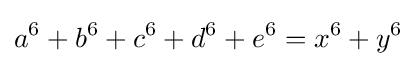
a^{6}+b^{6}+c^{6}+d^{6}+e^{6}=x^{6}+y^{6}